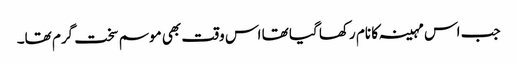
جب اس مہینہ کا نام رکھا گیا تھا اس وقت بھی موسم سخت گرم تھا۔